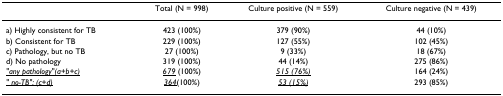
|  | Total (N = 998) | Culture positive (N = 559) | Culture negative (N = 439) |
 | --- | --- | --- | --- |
 | a) Highly consistent for TB | 423 (100%) | 379 (90%) | 44 (10%) |
 | b) Consistent for TB | 229 (100%) | 127 (55%) | 102 (45%) |
 | c) Pathology, but no TB | 27 (100%) | 9 (33%) | 18 (67%) |
 | d) No pathology | 319 (100%) | 44 (14%) | 275 (86%) |
 | <underline>"any pathology"(a+b+c)</underline> | <underline>679</underline> (100%) | <underline>515 (76%)</underline> | 164 (24%) |
 | <underline>" no-TB": (c+d)</underline> | <underline>364</underline>(100%) | <underline>53 (15%)</underline> | 293 (85%) |